Insane asylums in Bengal annual reports 1867-1875 - 1867-1875
Year: 1867
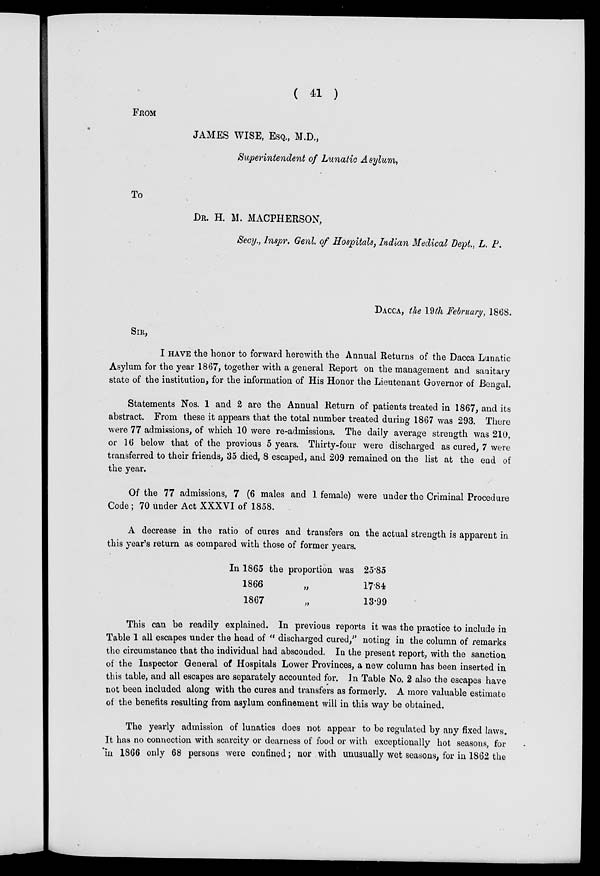
( 41 )
FROM
JAMES WISE, ESQ., M.D.,
Superintendent of Lunatic Asylum,
To
DR. H. M. MACPHERSON,
Secy., Inspr. Genl. of Hospitals, Indian Medical Dept., L. P.
DACCA, the 19th February, 1868.
SIR,
I HAVE the honor to forward herewith the Annual Returns of the Dacca Lunatic
Asylum for the year 1867, together with a general Report on the management and sanitary
state of the institution, for the information of His Honor the Lieutenant Governor of Bengal.
Statements Nos. 1 and 2 are the Annual Return of patients treated in 1867, and its
abstract. From these it appears that the total number treated during 1867 was 293. There
were 77 admissions, of which 10 were re-admissions. The daily average strength was 210,
or 16 below that of the previous 5 years. Thirty-four were discharged as cured, 7 were
transferred to their friends, 35 died, 8 escaped, and 209 remained on the list at the end of
the year.
Of the 77 admissions, 7 (6 males and 1 female) were under the Criminal Procedure
Code ; 70 under Act XXXVI of 1858.
A decrease in the ratio of cures and transfers on the actual strength is apparent in
this year's return as compared with those of former years.
In 1865 the proportion was
1866 „
1867 „
25.85
17.84
13.99
This can be readily explained. In previous reports it was the practice to include in
Table 1 all escapes under the head of "discharged cured," noting in the column of remarks
the circumstance that the individual had absconded. In the present report, with the sanction
of the Inspector General of Hospitals Lower Provinces, a new column has been inserted in
this table, and all escapes are separately accounted for. In Table No. 2 also the escapes have
not been included along with the cures and transfers as formerly. A more valuable estimate
of the benefits resulting from asylum confinement will in this way be obtained.
The yearly admission of lunatics does not appear to be regulated by any fixed laws.
It has no connection with scarcity or dearness of food or with exceptionally hot seasons, for
in 1866 only 68 persons were confined; nor with unusually wet seasons, for in 1862 the